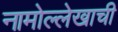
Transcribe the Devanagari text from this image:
नामोल्लेखाची